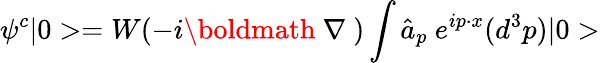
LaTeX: \psi^{c}|0>=W(-i\mathrm{\boldmath~\nabla~})\int\hat{a}_{p}~e^{ip\cdot x}(d^{3}p)|0>